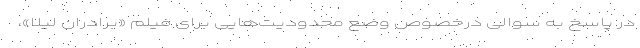
در پاسخ به سوالی درخصوص وضع محدودیت‌هایی برای فیلم «برادران لیلا»،